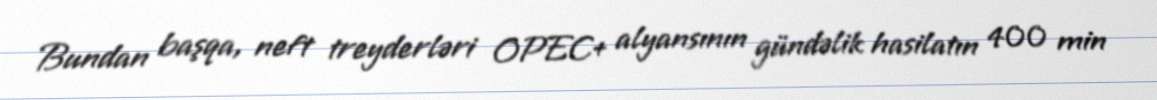
Bundan başqa, neft treyderləri OPEC+ alyansının gündəlik hasilatın 400 min